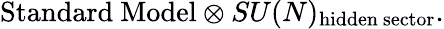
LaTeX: \mathrm{Standard\ Model}\otimes SU(N)_{\mathrm{hidden\ sector}}.